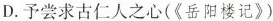
D.予尝求古仁人之心(《岳阳楼记》)